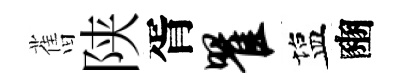
𦾔陕胥瞿塩豳